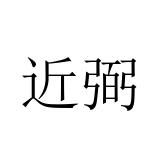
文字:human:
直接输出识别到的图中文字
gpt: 近弼